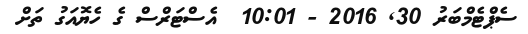
ސެޕްޓެމްބަރު 30